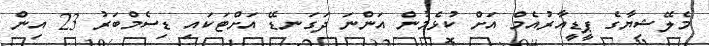
މެލޭޝިޔާގެ ޕީޑީއާރުއެމް އަށް ކުޅެމުން އަންނަ ދަގަނޑޭ އަށްޓަކައި ޑިސެމްބަރު 23 އިން